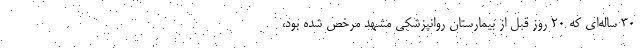
۳۰ ساله‌ای که ۲۰ روز قبل از بیمارستان روانپزشکی مشهد مرخص شده بود،